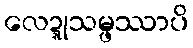
လေဍ္ဍုသမ္ဖဿာပိ